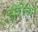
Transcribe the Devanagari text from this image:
झुंडीच्या